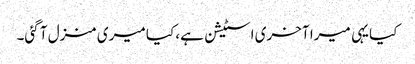
کیا یہی میرا آخری اسٹیشن ہے، کیا میری منزل آ گئی۔